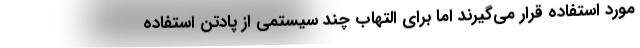
مورد استفاده قرار می‌گیرند اما برای التهاب چند سیستمی از پادتن استفاده